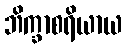
ဘိက္ခာစရိယာယ